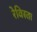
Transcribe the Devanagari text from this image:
रेविस्ता